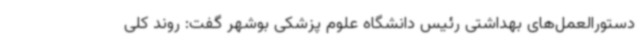
دستورالعمل‌های بهداشتی رئیس دانشگاه علوم پزشکی بوشهر گفت: روند کلی